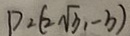
P _ { 2 } ( 2 \sqrt { 3 } , - b )